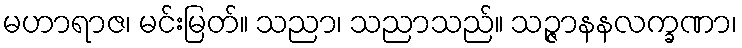
မဟာရာဇ၊ မင်းမြတ်။ သညာ၊ သညာသည်။ သဉ္ဇာနနလက္ခဏာ၊